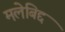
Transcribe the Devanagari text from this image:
मलेबिद्द